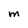
Character: M